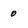
Character: o